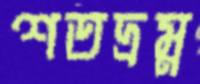
শতদ্রম্ন